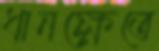
ধানক্ষেতে